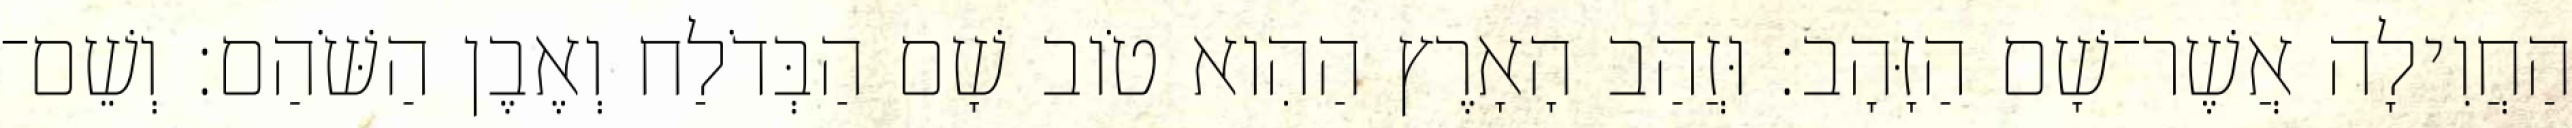
הַחֲוִילָה אֲשֶׁר־שָׁם הַזָּהָב׃ וּזֲהַב הָאָרֶץ הַהִוא טֹוב שָׁם הַבְּדֹלַח וְאֶבֶן הַשֹּׁהַם׃ וְשֵׁם־